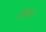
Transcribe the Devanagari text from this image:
डोरमा